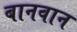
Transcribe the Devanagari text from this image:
बानवान